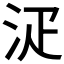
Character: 𣳟